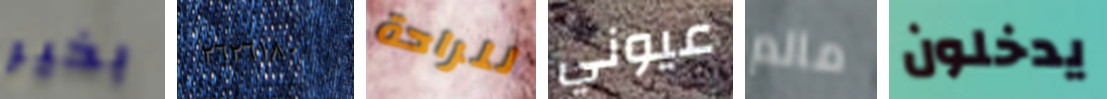
بخير ٢٦٢٦١٨٠ للراحة عيوني مالم يدخلون